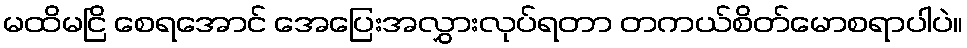
မထိမငြိ စေရအောင် အေပြေးအလွှားလုပ်ရတာ တကယ်စိတ်မောစရာပါပဲ။